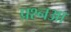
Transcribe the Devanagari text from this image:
प्रश्नआ